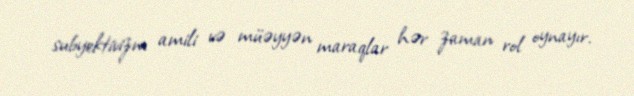
subyektivizm amili və müəyyən maraqlar hər zaman rol oynayır.